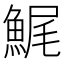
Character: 𩷳